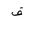
Letter: _fa